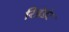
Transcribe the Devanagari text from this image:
रिडंडंट